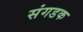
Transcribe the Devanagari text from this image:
संगडक